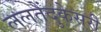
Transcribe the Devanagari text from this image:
ललतेंदुकेसरी